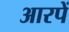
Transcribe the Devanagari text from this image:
आरपें